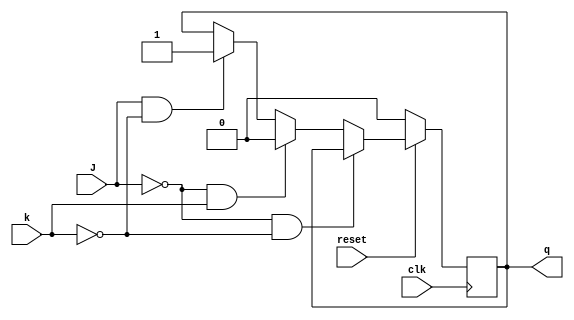
module Jk(J,k,reset,clk,q);
input J,k,clk,reset;
output reg q;

always @(posedge clk)
if (reset==0)
    q<=0;
else
    if(J==0 & k==0)
        q<=q;
    else if(J==0 & k==1)
        q<=0;
    else if(J==1 & k==0)
        q<=1;
    else if(J==0 & k==1)
        q<=~q;
endmodule